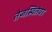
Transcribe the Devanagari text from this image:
तेजस्वितेवर